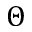
\Theta